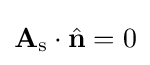
\mathbf {A} _{\rm {s}}\cdot {\hat {\mathbf {n} }}=0